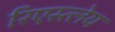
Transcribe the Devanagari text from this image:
रिएस्त्लेय